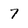
Character: 7